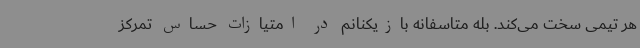
هر تیمی سخت می‌کند. بله متاسفانه بازیکنانم در امتیازات حساس تمرکز